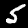
Label: 5